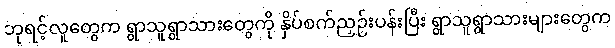
ဘုရင့်လူတွေက ရွာသူရွာသားတွေကို နှိပ်စက်ညှဉ်းပန်းပြီး ရွာသူရွာသားများတွေက